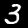
Digit: 3